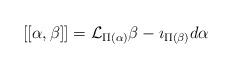
LaTeX: \begin{align*} [[\alpha,\beta]] = \mathcal{L}_{\Pi(\alpha)} \beta - \imath_{\Pi(\beta)} d\alpha\end{align*}